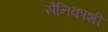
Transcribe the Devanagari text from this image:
सैनिकाशी